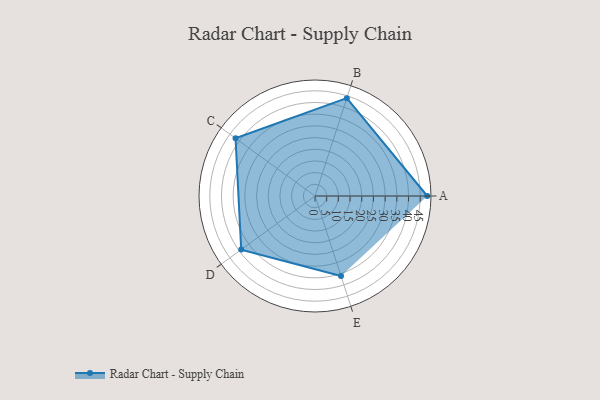
{"axis": {"x": "Skill", "y": "Score"}, "legend": ["Profile"], "data": [{"x": "A", "y": 48.0, "type": "Profile"}, {"x": "B", "y": 44.0, "type": "Profile"}, {"x": "C", "y": 42.0, "type": "Profile"}, {"x": "D", "y": 39.0, "type": "Profile"}, {"x": "E", "y": 36.0, "type": "Profile"}]}